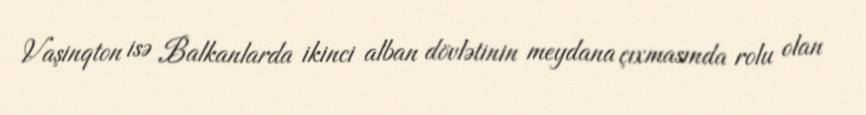
Vaşinqton isə Balkanlarda ikinci alban dövlətinin meydana çıxmasında rolu olan